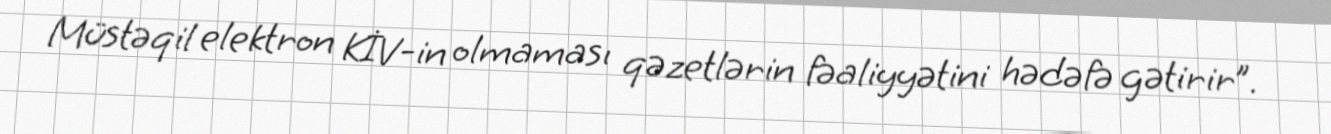
Müstəqil elektron KİV-in olmaması qəzetlərin fəaliyyətini hədəfə gətirir”.